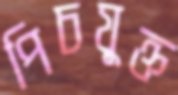
পিচযুক্ত